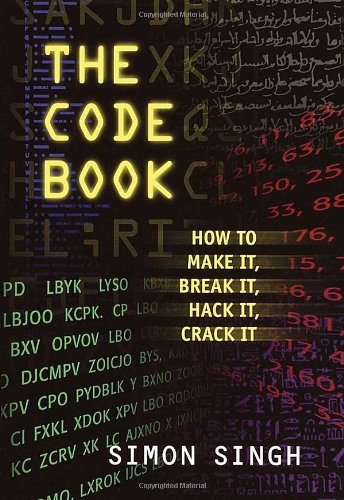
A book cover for The Code Book: How to Make It, Break It, Hack It, Crack It; Simon Singh; Teen & Young Adult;